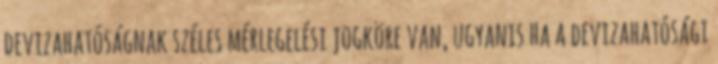
devizahatóságnak széles mérlegelési jogköre van, ugyanis ha a devizahatósági